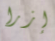
إزرا